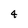
Character: 4